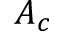
A _ { c }